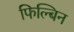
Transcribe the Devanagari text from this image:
फिल्बिन